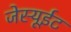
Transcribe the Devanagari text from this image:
जेस्यूईट